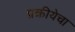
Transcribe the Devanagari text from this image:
प्रक्रीयेचा